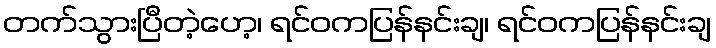
တက်သွားပြီတဲ့ဟေ့၊ ရင်ဝကပြန်နင်းချ၊ ရင်ဝကပြန်နင်းချ